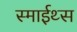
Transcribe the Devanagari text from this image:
स्माईथ्स